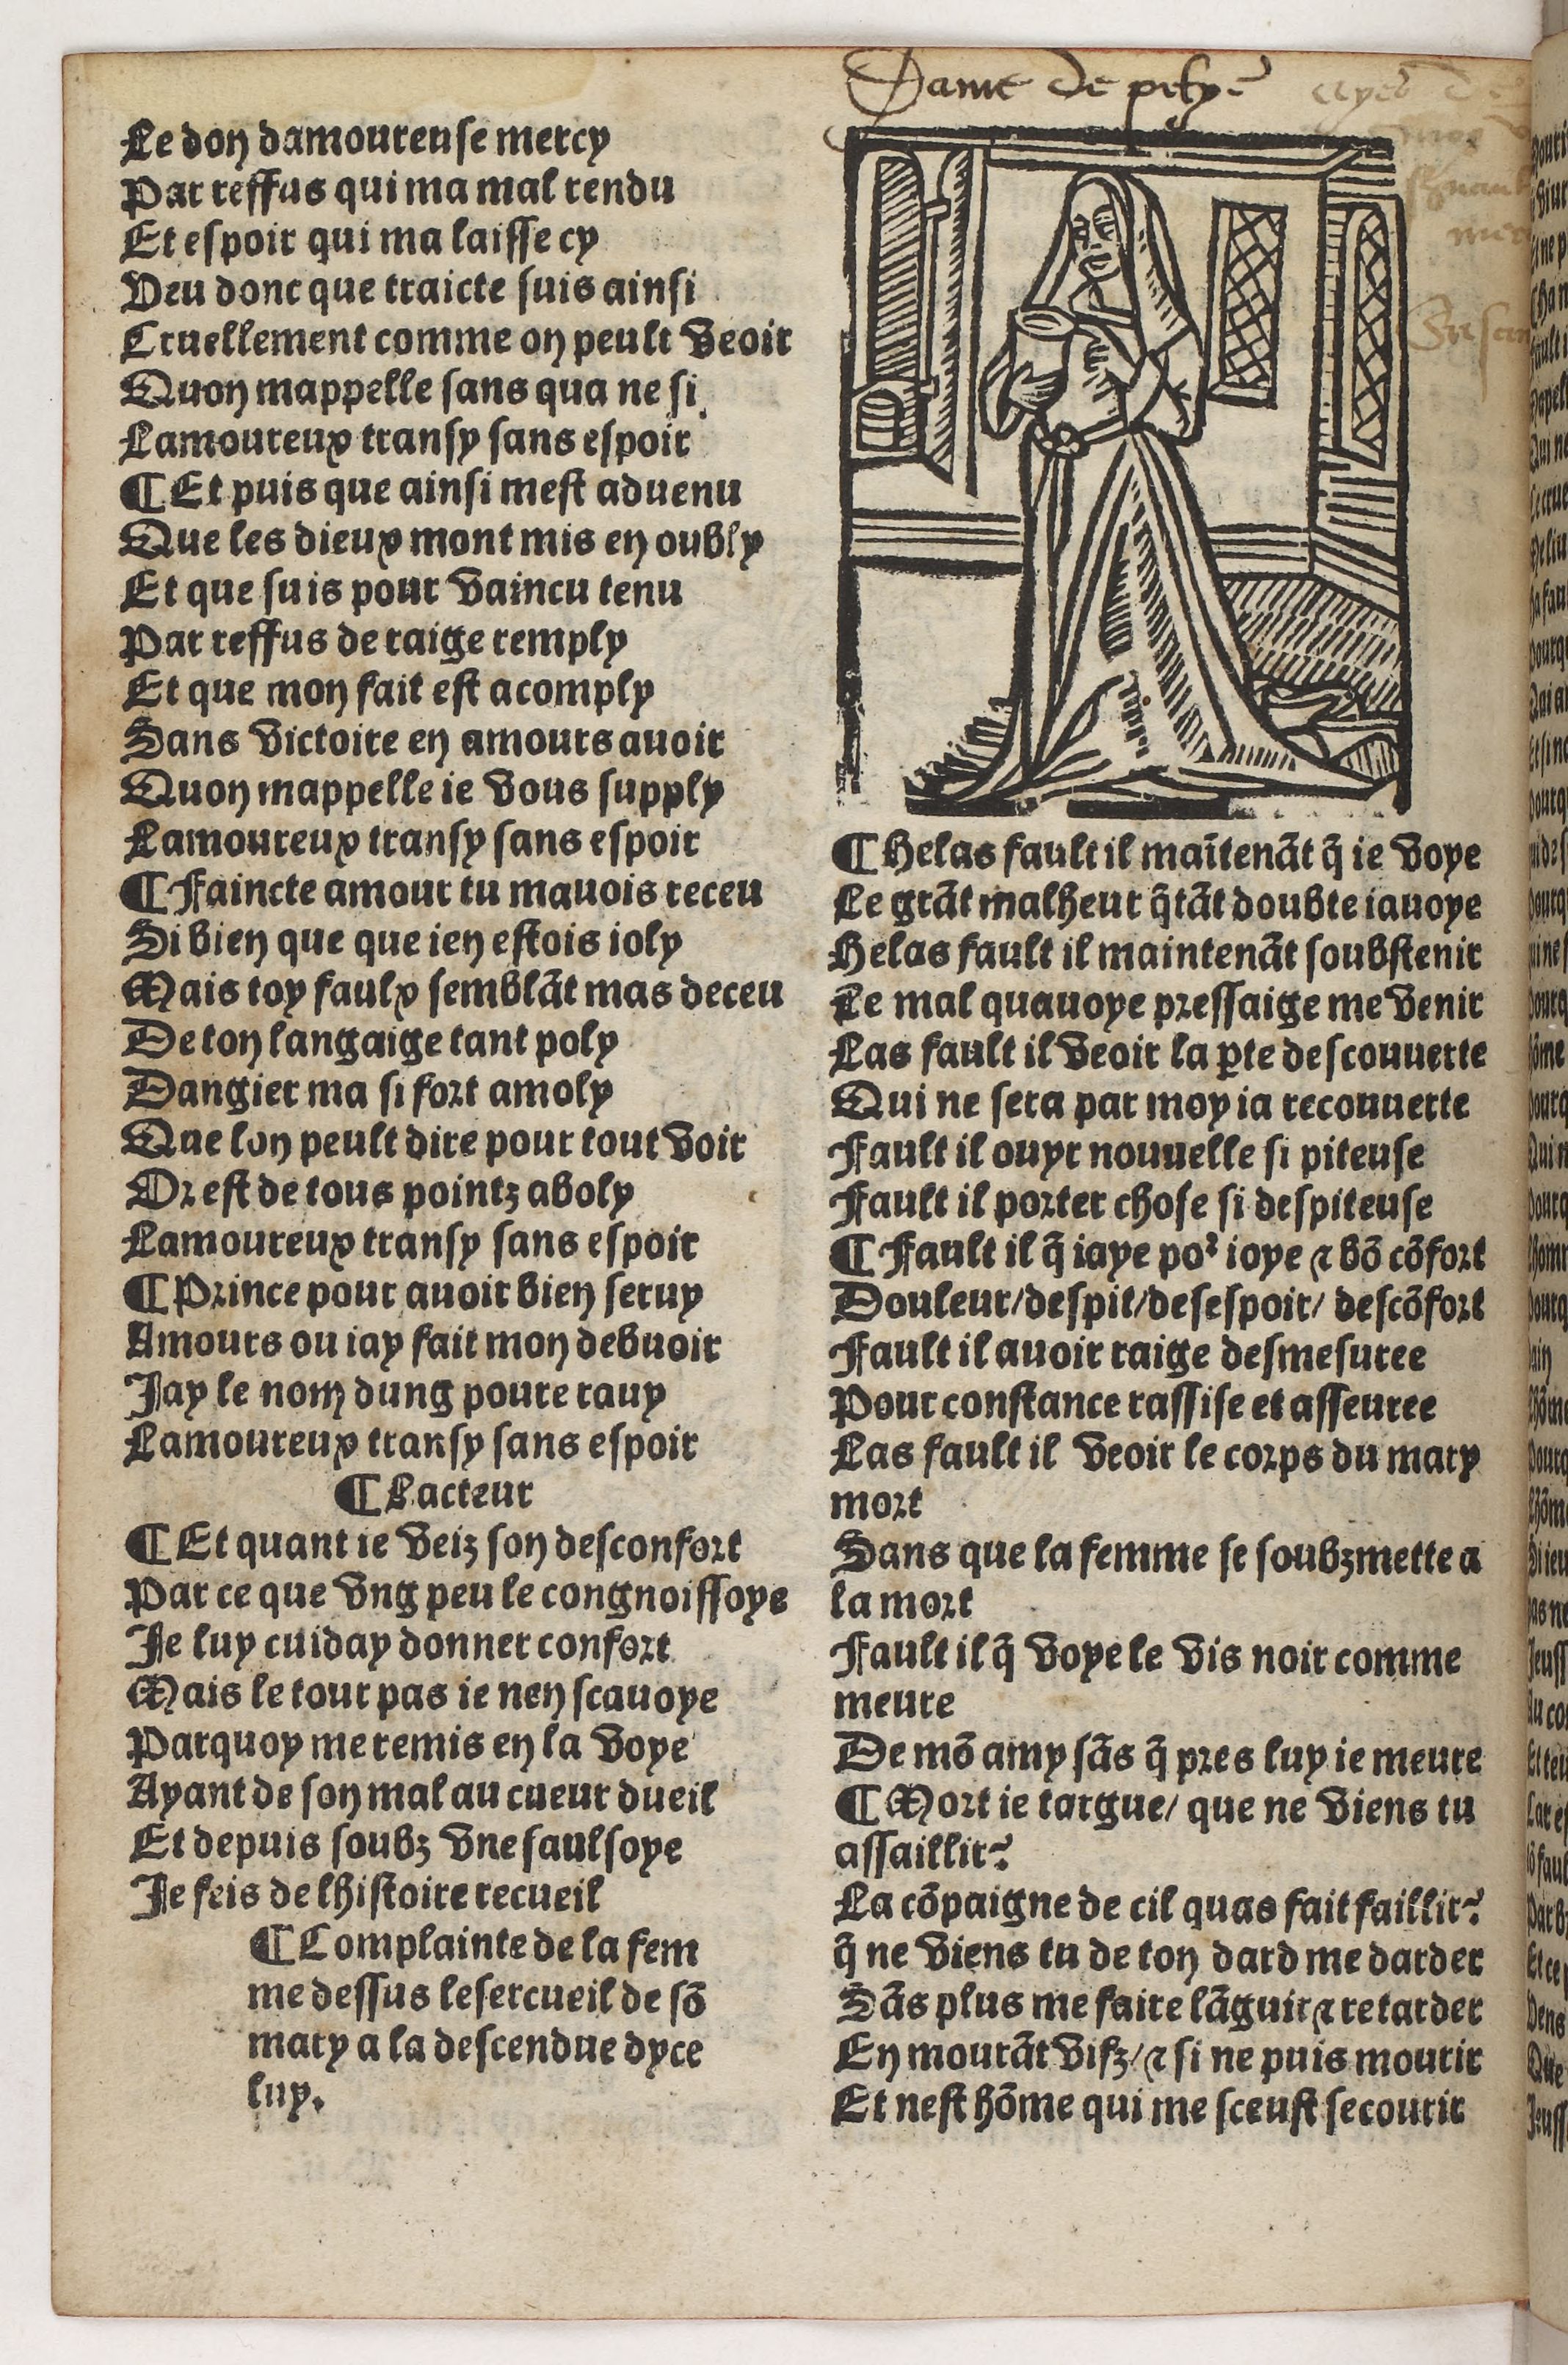
Shelfmark: Paris, BnF, Rés. Y2-930
Century: 15